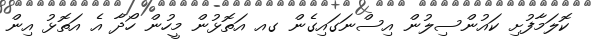
ކޮލަމާފުށި ކައުންސިލުން އިސްނަގައިގެން ގއ އަތޮޅުން މީހުން ހޯދާ އެ އަތޮޅު އިން